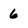
Character: 6